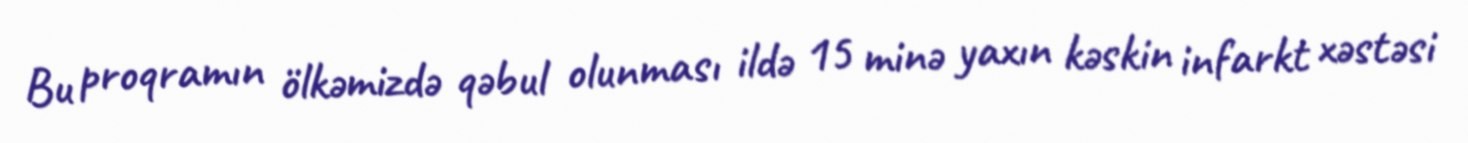
Bu proqramın ölkəmizdə qəbul olunması ildə 15 minə yaxın kəskin infarkt xəstəsi